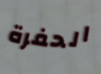
الحفرة